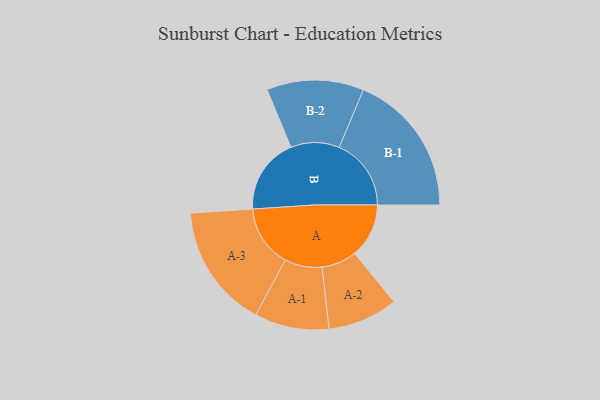
{"axis": {"x": "Segment", "y": "Value"}, "legend": ["", "A", "B"], "data": [{"x": "A", "y": 169, "type": ""}, {"x": "B", "y": 237, "type": ""}, {"x": "A-1", "y": 116, "type": "A"}, {"x": "A-2", "y": 109, "type": "A"}, {"x": "A-3", "y": 193, "type": "A"}, {"x": "B-1", "y": 224, "type": "B"}, {"x": "B-2", "y": 151, "type": "B"}]}